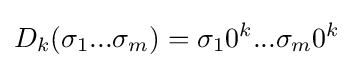
D_{k}(\sigma _{1}...\sigma _{m})=\sigma _{1}0^{k}...\sigma _{m}0^{k}